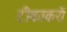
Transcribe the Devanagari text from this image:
टीकाकरों